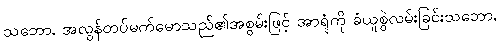
သဘော, အလွန်တပ်မက်မောသည်၏အစွမ်းဖြင့် အာရုံကို ခံယူစွဲလမ်းခြင်းသဘော,